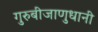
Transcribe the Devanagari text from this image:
गुरुबीजाणुधानी